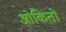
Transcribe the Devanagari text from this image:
ओकितो